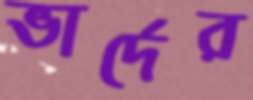
ভার্দের